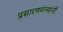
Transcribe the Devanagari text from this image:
प्रसारणमंत्र्यांनी